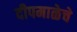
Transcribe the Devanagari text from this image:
दीपमाळेचे